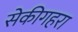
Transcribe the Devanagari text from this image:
सेकीगहरा